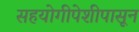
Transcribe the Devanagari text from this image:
सहयोगीपेशीपासून